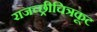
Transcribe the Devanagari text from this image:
राजच्छ्रीचित्रकूट